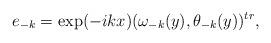
LaTeX: \begin{align*}e_{-k}=\exp(-ikx)(\omega_{-k}(y), \theta_{-k}(y))^{tr}, \end{align*}